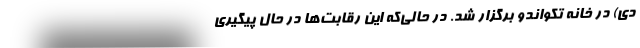
دی) در خانه تکواندو برگزار شد. در حالی‌که این رقابت‌ها در حال پیگیری